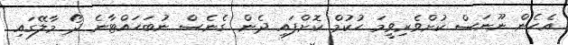
އެހެން ނޫނަސް ކުށްވެރިވީމަ ޙުކުމް ކޮށްފައި ދެން ގެނެސް ނުބަހައްޓާނެ ދޯ މާލޭގައި